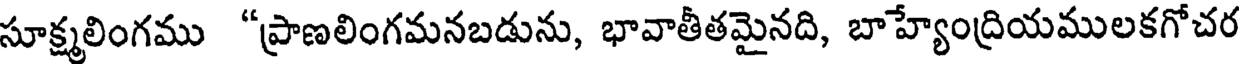
సూక్ష్మలింగము "ప్రాణలింగమనబడును, భావాతీతమైనది, బాహ్యేంద్రియములకగోచర